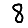
Digit: 8